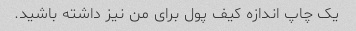
یک چاپ اندازه کیف پول برای من نیز داشته باشید.